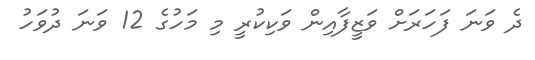
ދެ ވަނަ ފަހަރަށް ވަޒީފާއިން ވަކިކުރީ މި މަހުގެ 12 ވަނަ ދުވަހު